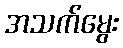
အသက်မွေး